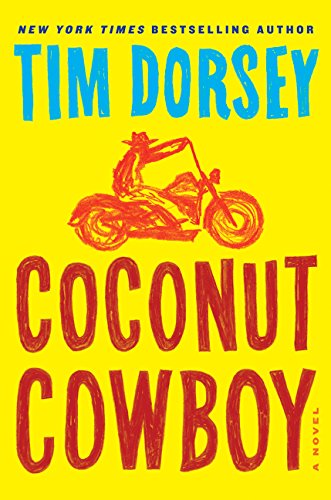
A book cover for Coconut Cowboy: A Novel (Serge Storms); Tim Dorsey; Mystery, Thriller & Suspense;